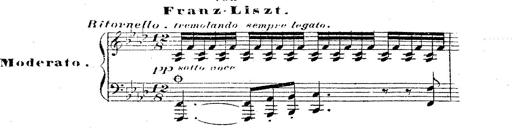
Title: 12 Lieder von Franz Schubert
Composer: Franz Liszt